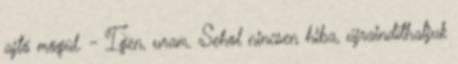
ajtó mögül. - Igen, uram. Sehol nincsen hiba, újraindíthatjuk